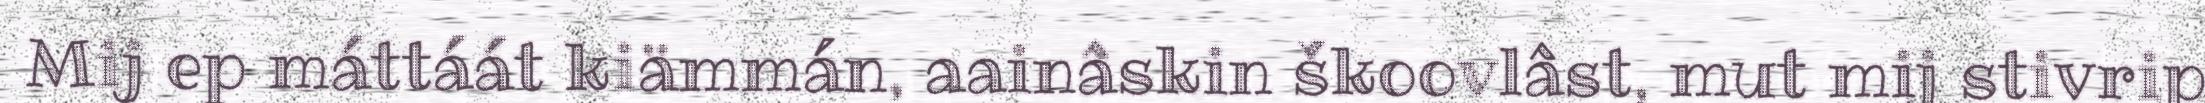
Mij ep máttáát kiämmán, aainâskin škoovlâst, mut mij stivrip